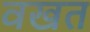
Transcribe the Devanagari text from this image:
वखत